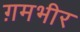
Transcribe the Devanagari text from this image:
ग़मभीर